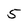
Character: 5